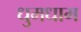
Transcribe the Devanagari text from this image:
धुमधाम